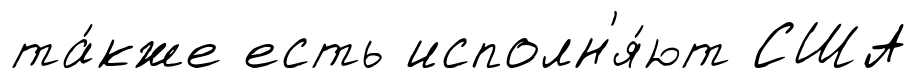
та́кже есть исполн'я́ют США